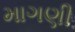
માગણી